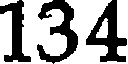
134